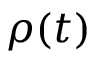
\rho ( t )